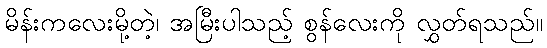
မိန်းကလေးမို့တဲ့၊ အမြီးပါသည့် စွန်လေးကို လွှတ်ရသည်။